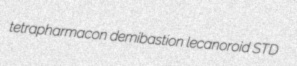
tetrapharmacon demibastion lecanoroid STD